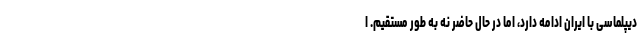
دیپلماسی با ایران ادامه دارد، اما در حال حاضر نه به طور مستقیم. ا